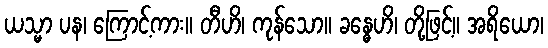
ယသ္မာ ပန၊ ကြောင့်ကား။ တီဟိ၊ ကုန်သော။ ခန္ဓေဟိ၊ တို့ဖြင့်။ အရိယော၊